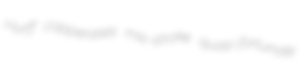
Hurff copperases mis-stroke quasi-fortunate